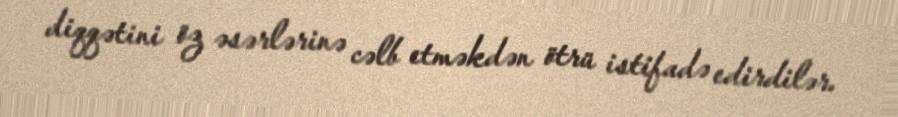
diqqətini öz əsərlərinə cəlb etməkdən ötrü istifadə edirdilər.